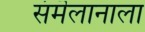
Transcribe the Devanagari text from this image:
संमॆलानाला